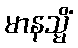
မာနသ္မိံ